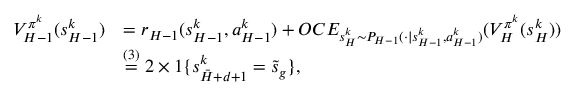
\begin{array} { r l } { V _ { H - 1 } ^ { \pi ^ { k } } ( s _ { H - 1 } ^ { k } ) } & { = r _ { H - 1 } ( s _ { H - 1 } ^ { k } , a _ { H - 1 } ^ { k } ) + O C E _ { s _ { H } ^ { k } \sim P _ { H - 1 } ( \cdot \vert s _ { H - 1 } ^ { k } , a _ { H - 1 } ^ { k } ) } ( V _ { H } ^ { \pi ^ { k } } ( s _ { H } ^ { k } ) ) } \\ & { \overset { ( 3 ) } { = } 2 \times 1 \{ s _ { \bar { H } + d + 1 } ^ { k } = \tilde { s } _ { g } \} , } \end{array}